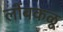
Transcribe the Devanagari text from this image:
लोंबकळू